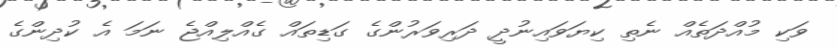
ވަކި މުއްދަތެއް ނެތި ކިޔަވައިނުދީ ދަރިވަރުންގެ ގަޑިތައް ގެއްލިއްޖެ ނަމަ އެ ކުދިންގެ